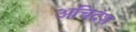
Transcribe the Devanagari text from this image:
अचिदंश